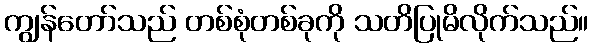
ကျွန်တော်သည် တစ်စုံတစ်ခုကို သတိပြုမိလိုက်သည်။